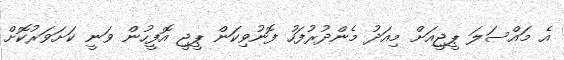
އެ މައްސަލަ ޕީޖީއަށް މިއަދު މެންދުރުފަހު ފޮނުވިކަން ޕީޖީ އޮފީހުން ވަނީ ކަށަވަރުކޮށް